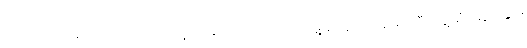
လက်မှတ်မရေးထိုးထားရ သေးတဲ့ ကျန်လက်နက်ကိုင်အဖွဲ့များနဲ့လည်း မကြမီတွေ့ဆုံဆွေးနွေးဖို့